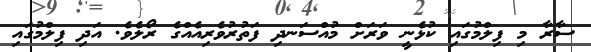
ސާރާ މި ފިލްމުގައި ކުޅެނީ ވަރަށް މުއްސަނދި ފަތުރުވެރިއެއްގެ ރޯލެވެ. އަދި ފިލްމުގައި